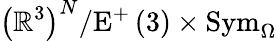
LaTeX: \left(\mathbb{R}^{3}\right)^{N}/\mathrm{E}^{+}\left(3\right)\times\mathrm{Sym}_{\Omega}